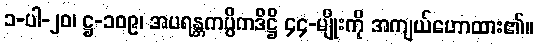
၁-ပါ-၂၀၊ ဋ္ဌ-၁၀၉၊ အပရန္တကပ္ပိကဒိဋ္ဌိ ၄၄-မျိုးကို အကျယ်ဟောထား၏။